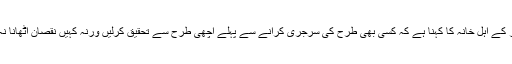
ارما سائنز کے اہل خانہ کا کہنا ہے کہ کسی بھی طرح کی سرجری کرانے سے پہلے اچھی طرح سے تحقیق کرلیں ورنہ کہیں نقصان اٹھانا نہ پڑجائے۔